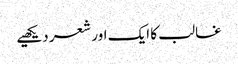
غالب کا ایک اور شعر دیکھیے